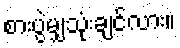
စားပွဲမျှသုံးချင်လား။